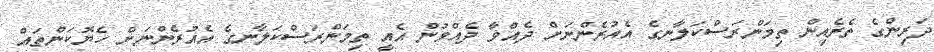
ދަރިންގެ ތެރެއިން ތިމަންރަސްކަލާނގެ އެއުރެންނަށް ދެއްވާ ދެއްވުން އެއީ ތިމަންރަސްކަލާނގެ އެއުރެންނަށް ހެޔޮކަންތައް